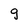
Character: g